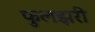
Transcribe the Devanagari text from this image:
फुलझरी